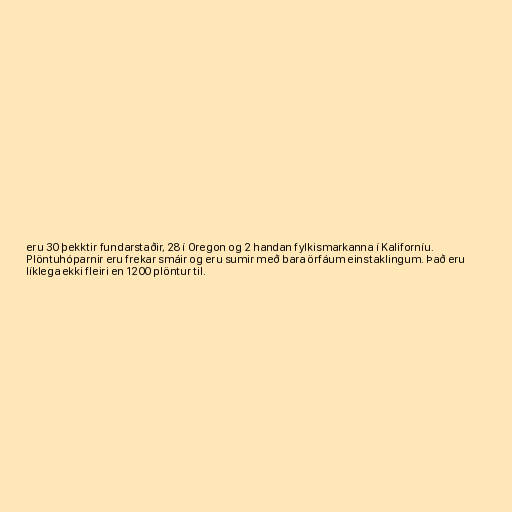
eru 30 þekktir fundarstaðir, 28 í Oregon og 2 handan fylkismarkanna í Kaliforníu.
Plöntuhóparnir eru frekar smáir og eru sumir með bara örfáum einstaklingum. Það eru
líklega ekki fleiri en 1200 plöntur til.